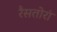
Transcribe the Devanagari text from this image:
रैसतोरां